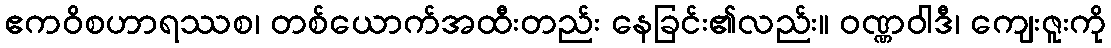
ဧကဝိစဟာရဿစ၊ တစ်ယောက်အထီးတည်း နေခြင်း၏လည်း။ ဝဏ္ဏဝါဒီ၊ ကျေးဇူးကို